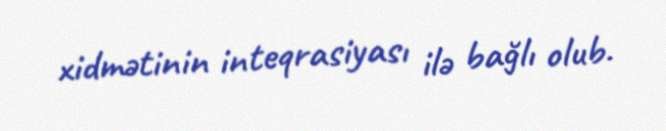
xidmətinin inteqrasiyası ilə bağlı olub.